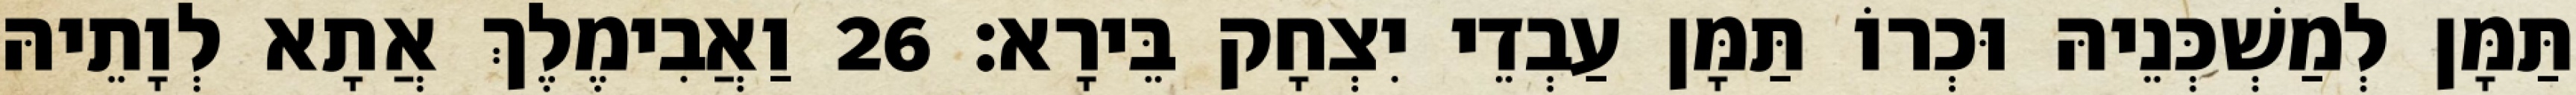
תַּמָּן לְמַשְׁכְּנֵיהּ וּכְרוֹ תַּמָּן עַבְדֵי יִצְחָק בֵּירָא׃ 26 וַאֲבִימֶלֶךְ אֲתָא לְוָתֵיהּ